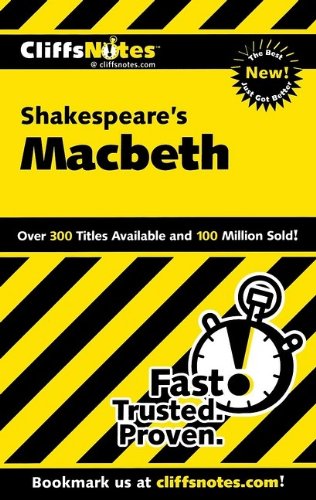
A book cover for CliffsNotes on Shakespeare's Macbeth (Cliffsnotes Literature); Alex Went; Literature & Fiction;